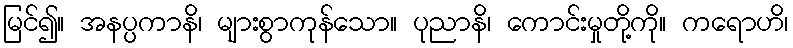
မြင်၍။ အနပ္ပကာနိ၊ များစွာကုန်သော။ ပုညာနိ၊ ကောင်းမှုတို့ကို။ ကရောဟိ၊